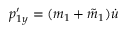
p _ { 1 y } ^ { \prime } = ( m _ { 1 } + \tilde { m } _ { 1 } ) \dot { u }